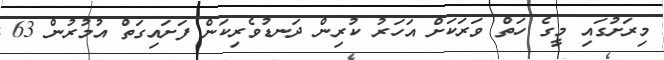
މިރަށުގައި މީގެ ހަތް ވަރަކަށް އަހަރު ކުރިން ދަނޑުވެރިކަން ފަށައިގަތް އުމުރުން 63